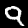
Label: 9